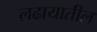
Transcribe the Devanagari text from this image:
लढायातील